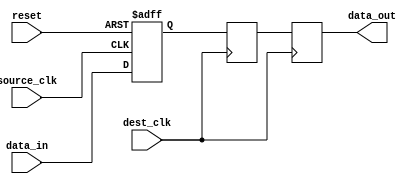
module two_flop_synchronizer (
    input wire source_clk,
    input wire dest_clk,
    input wire reset,
    input wire data_in,
    output reg data_out
);

reg flop1;
reg flop2;

always @(posedge source_clk or posedge reset) begin
    if (reset)
        flop1 <= 1'b0;
    else
        flop1 <= data_in;
end

always @(posedge dest_clk) begin
    flop2 <= flop1;
end

always @(posedge dest_clk) begin
    data_out <= flop2;
end

endmodule